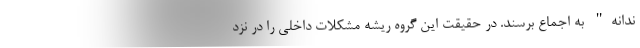
ندانه" به اجماع برسند. در حقیقت این گروه ریشه مشکلات داخلی را در نزد